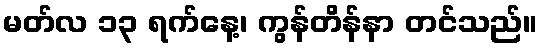
မတ်လ ၁၃ ရက်နေ့၊ ကွန်တိန်နာ တင်သည်။